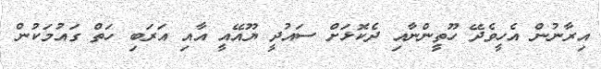
އިރާނުން އެހީވެދޭ ހޫތީންނާއި ދެކޮޅަށް ސައުދީ ޔޫއޭއީ އާއި އަރަބި ހަތް ގައުމަކުން